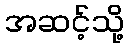
အဆင့်သို့